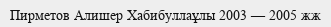
Пирметов Алишер Хабибуллаұлы 2003 — 2005 жж